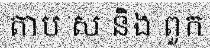
តាប ស និង ពួក